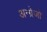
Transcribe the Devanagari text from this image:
अन्ग्रेजो